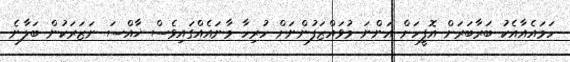
ހަމައެއާއެކު ބަރާބަރަށް އޮފީހަށް އަންނަ މުވައްޒަފުންނަށް ހުރިހާ މާނައެއްގައިވެސް ޚާއްސަ ނަޒަރަކުން ބަލާނެ